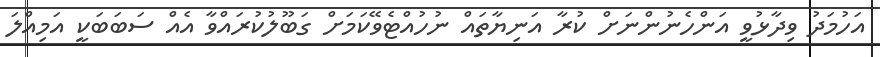
އަހުމަދު ވިދާޅުވީ އަންހެނުންނަށް ކުރާ އަނިޔާތައް ނުހުއްޓެވޭކަމަށް ގަބޫލުކުރައްވާ އެއް ސަބަބަކީ އަމިއްލަ